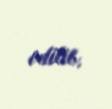
edilib.